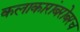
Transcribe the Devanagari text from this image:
कलाकारांबरोबरच